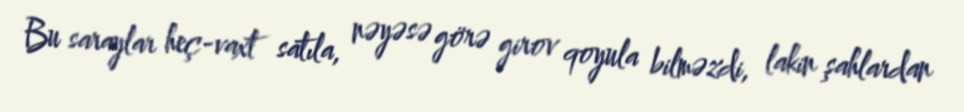
Bu saraylar heç-vaxt satıla, nəyəsə görə girov qoyula bilməzdi, lakin şahlardan